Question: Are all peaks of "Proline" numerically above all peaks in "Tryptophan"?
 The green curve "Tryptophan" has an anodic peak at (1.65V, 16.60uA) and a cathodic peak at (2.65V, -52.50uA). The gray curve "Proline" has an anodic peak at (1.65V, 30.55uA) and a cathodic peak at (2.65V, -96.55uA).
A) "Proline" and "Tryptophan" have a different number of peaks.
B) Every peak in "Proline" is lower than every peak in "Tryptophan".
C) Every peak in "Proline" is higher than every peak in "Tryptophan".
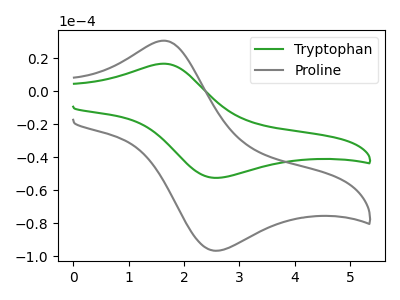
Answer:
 <answer>C) Every peak in "Proline" is higher than every peak in "Tryptophan".</answer>
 <eval>C</eval>